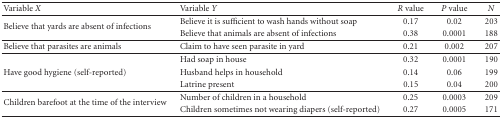
| Variable X | Variable Y | R value | P value | N |
 | --- | --- | --- | --- | --- |
 | <ROWSPAN=2> Believe that yards are absent of infections | Believe it is sufficient to wash hands without soap | 0.17 | 0.02 | 203 |
 | Believe that animals are absent of infections | 0.38 | 0.0001 | 188 |
 | Believe that parasites are animals | Claim to have seen parasite in yard | 0.21 | 0.002 | 207 |
 |  | Had soap in house | 0.32 | 0.0001 | 190 |
 | Have good hygiene (self-reported) | Husband helps in household | 0.14 | 0.06 | 199 |
 |  | Latrine present | 0.15 | 0.04 | 200 |
 | <ROWSPAN=2> Children barefoot at the time of the interview | Number of children in a household | 0.25 | 0.0003 | 209 |
 | Children sometimes not wearing diapers (self-reported) | 0.27 | 0.0005 | 171 |